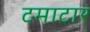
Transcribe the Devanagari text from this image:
टमाटार